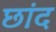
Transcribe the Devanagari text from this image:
छांद